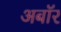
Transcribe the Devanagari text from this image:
अबॉर